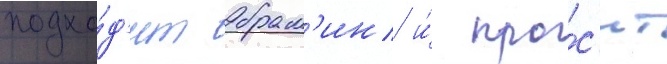
подхо́д'ит брам'ин и́ про́с'ит